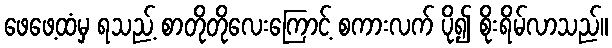
ဖေဖေ့ထံမှ ရသည့် စာတိုတိုလေးကြောင့် စကားလက် ပို၍ စိုးရိမ်လာသည်။